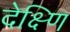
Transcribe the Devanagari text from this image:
देक्ष्णि